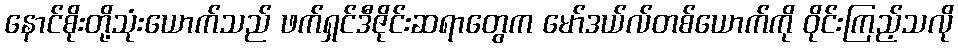
နောင်စိုးတို့သုံးယောက်သည် ဖက်ရှင်ဒီဇိုင်းဆရာတွေက မော်ဒယ်လ်တစ်ယောက်ကို ဝိုင်းကြည့်သလို